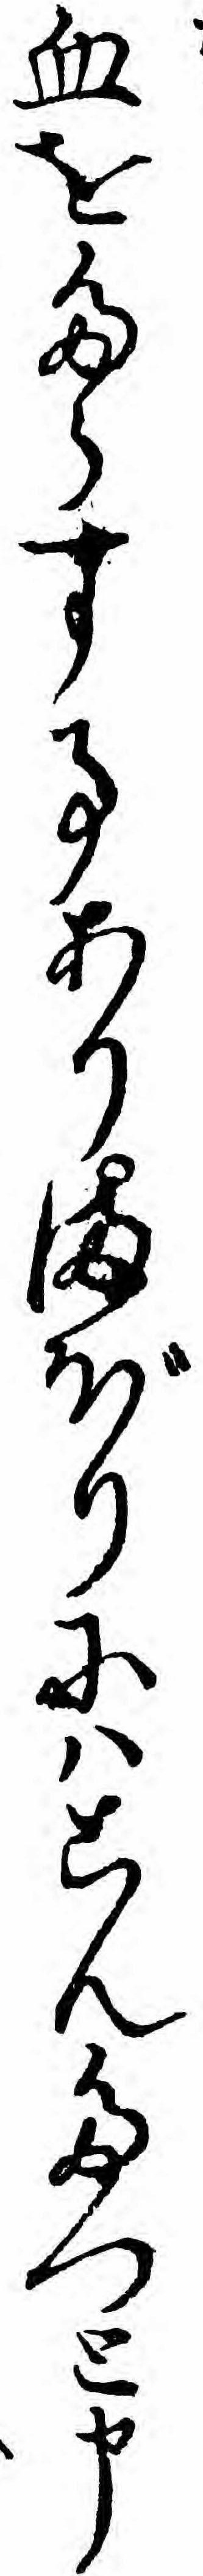
血をたらす事ありまぼりにハこんたつと申